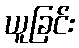
ယူခြင်း